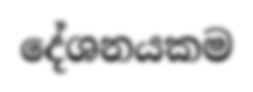
දේශනයකම